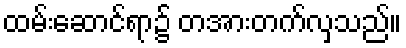
ထမ်းဆောင်ရာ၌ တအားတက်လှသည်။